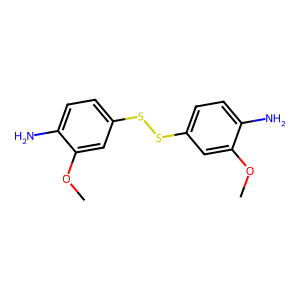
SMILES: COc1cc(SSc2ccc(N)c(OC)c2)ccc1N
Inhibits HIV replication: No